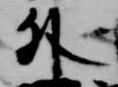
外